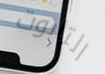
التابوت